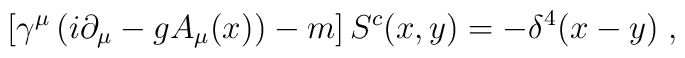
\left[\gamma^{\mu}\left(i\partial_{\mu}-gA_{\mu}(x)\right)-m\right]S^{c}(x,y)=-\delta^{4}(x-y)\;,\;